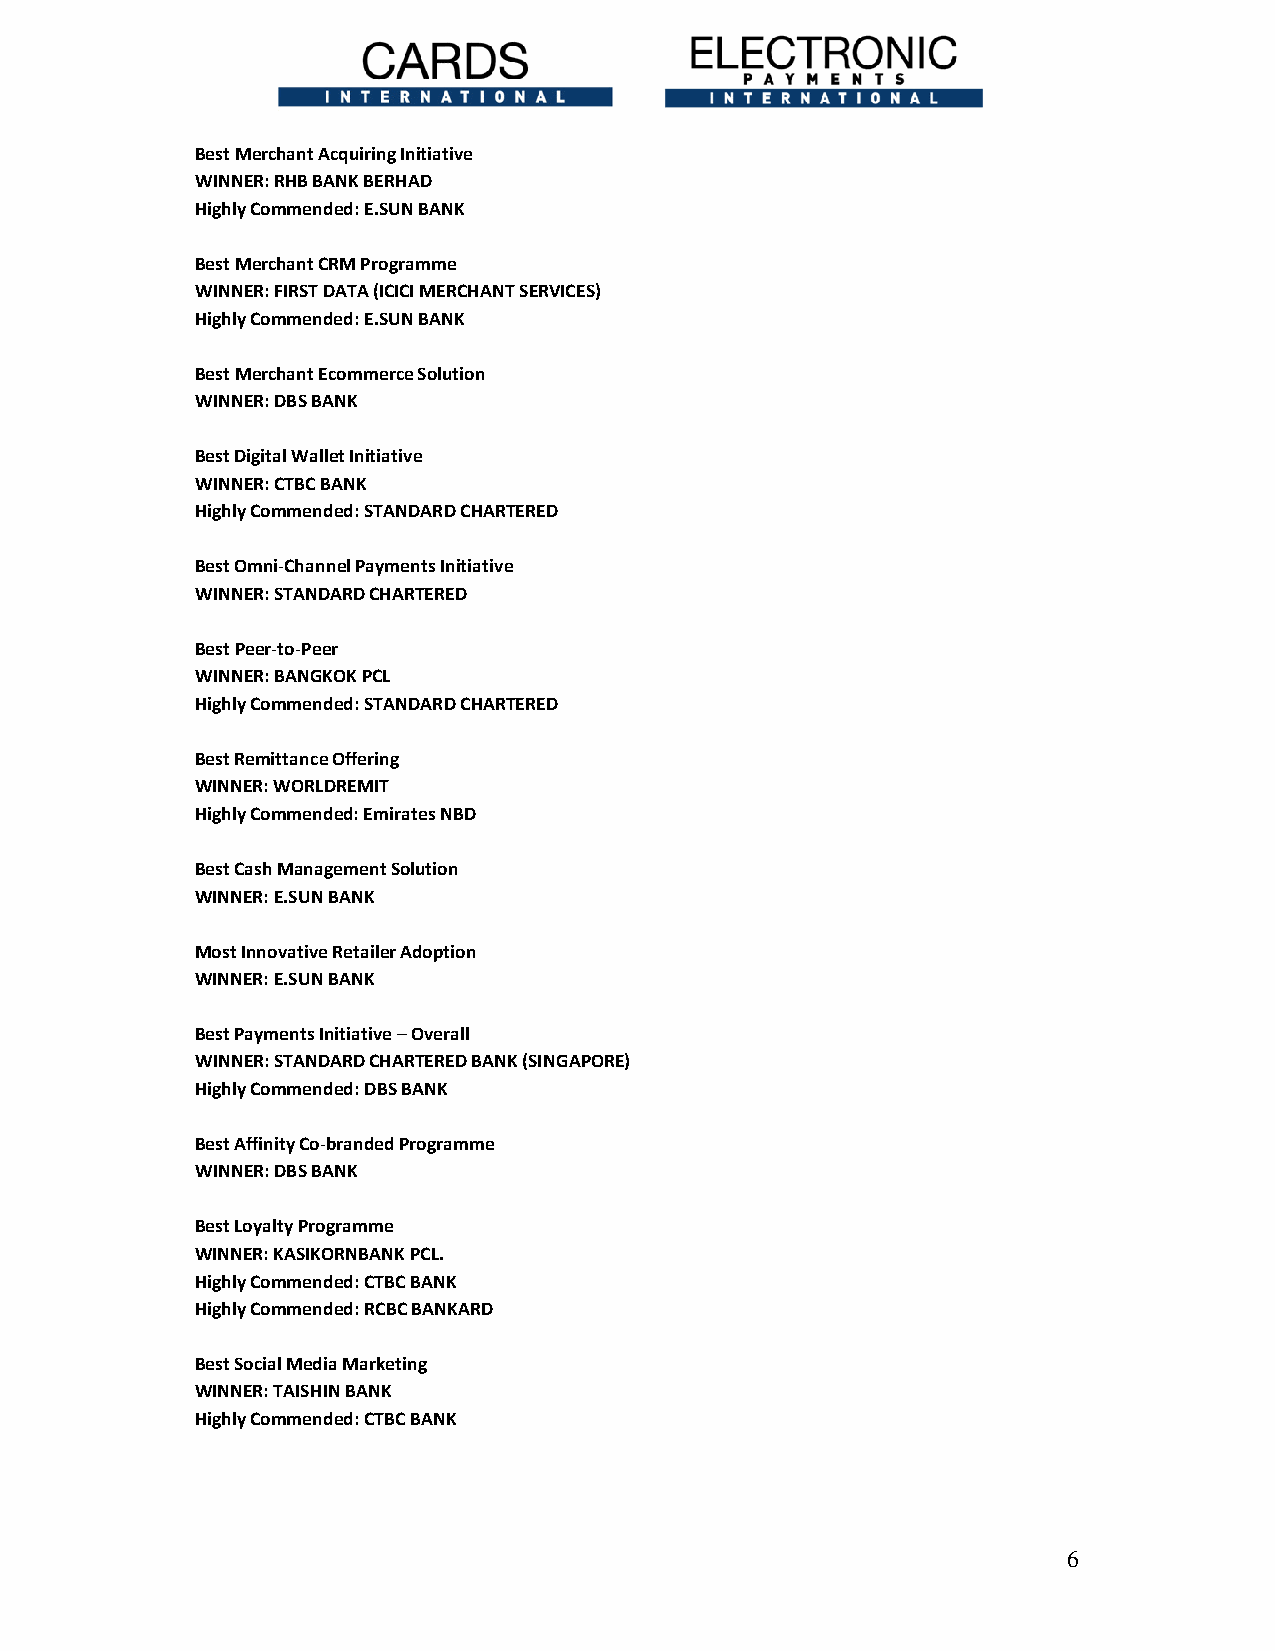
Best Merchant Acquiring Initiative
 WINNER: RHB BANK BERHAD
 Highly Commended: E.SUN BANK
 Best Merchant CRM Programme
 WINNER: FIRST DATA (ICICI MERCHANT SERVICES)
 Highly Commended: E.SUN BANK
 Best Merchant Ecommerce Solution
 WINNER: DBS BANK
 Best Digital Wallet Initiative
 WINNER: CTBC BANK
 Highly Commended: STANDARD CHARTERED
 Best Omni-Channel Payments Initiative
 WINNER: STANDARD CHARTERED
 Best Peer-to-Peer
 WINNER: BANGKOK PCL
 Highly Commended: STANDARD CHARTERED
 Best Remittance Offering
 WINNER: WORLDREMIT
 Highly Commended: Emirates NBD
 Best Cash Management Solution
 WINNER: E.SUN BANK
 Most Innovative Retailer Adoption
 WINNER: E.SUN BANK
 Best Payments Initiative – Overall
 WINNER: STANDARD CHARTERED BANK (SINGAPORE)
 Highly Commended: DBS BANK
 Best Affinity Co-branded Programme
 WINNER: DBS BANK
 Best Loyalty Programme
 WINNER: KASIKORNBANK PCL.
 Highly Commended: CTBC BANK
 Highly Commended: RCBC BANKARD
 Best Social Media Marketing
 WINNER: TAISHIN BANK
 Highly Commended: CTBC BANK
 6